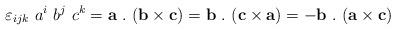
LaTeX: \begin{align*}\varepsilon_{ijk}~a^i~b^j~c^k=\mathbf{a}~.~(\mathbf{b}\times\mathbf{c})=\mathbf{b}~.~(\mathbf{c}\times\mathbf{a})=-\mathbf{b}~.~(\mathbf{a}\times\mathbf{c})\end{align*}